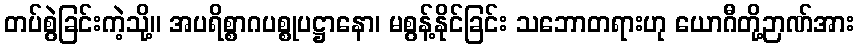
တပ်စွဲခြင်းကဲ့သို့။ အပရိစ္စာဂပစ္စုပဋ္ဌာနော၊ မစွန့်နိုင်ခြင်း သဘောတရားဟု ယောဂီတို့ဉာဏ်အား